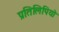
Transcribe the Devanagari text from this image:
प्रतिलिपियो